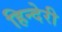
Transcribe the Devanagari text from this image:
हिन्देरी